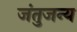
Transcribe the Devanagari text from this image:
जंतुजन्य